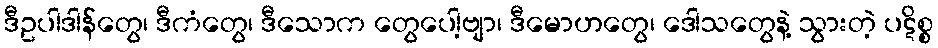
ဒီဥပါဒါန်တွေ၊ ဒီကံတွေ၊ ဒီသောက တွေပေါ့ဗျာ၊ ဒီမောဟတွေ၊ ဒေါသတွေနဲ့ သွားတဲ့ ပဋိစ္စ